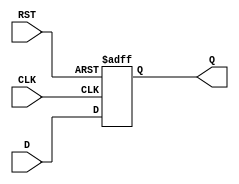
module stage_register #(
    parameter WIDTH = 8  // Parameter to define the width of the data bus
) (
    input  wire [WIDTH-1:0] D,    // Data input
    input  wire CLK,                // Clock signal
    input  wire RST,                // Reset signal
    output reg  [WIDTH-1:0] Q       // Data output
);

// Asynchronous reset and synchronous data capture
always @(posedge CLK or posedge RST) begin
    if (RST) begin
        Q <= {WIDTH{1'b0}};         // Clear the register on reset
    end else begin
        Q <= D;                     // Capture data on clock edge
    end
end

endmodule